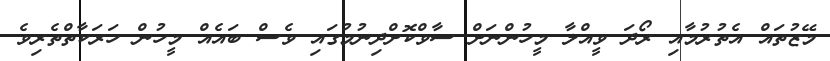
މޭޒުތައް އެތުރުމާއި ރޯދަ ވީއްލާ މީހުންނަށް ސާވްކޮށްދިިނުމުގައި ވެސް ބައެއް މީހުން ހަރަަކާތްތެރިވެ